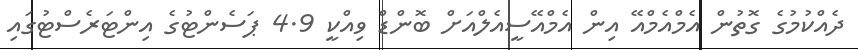
ދެއްކުމުގެ ގޮތުން އެމްއެމްއޭ އިން އެމްއޭސީއެލްއަށް ބޮންޑް ވިއްކީ 4.9 ޕަސެންޓުގެ އިންޓަރެސްޓުގައި